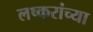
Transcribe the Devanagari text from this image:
लष्करांच्या